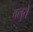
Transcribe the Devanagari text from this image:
वलुते